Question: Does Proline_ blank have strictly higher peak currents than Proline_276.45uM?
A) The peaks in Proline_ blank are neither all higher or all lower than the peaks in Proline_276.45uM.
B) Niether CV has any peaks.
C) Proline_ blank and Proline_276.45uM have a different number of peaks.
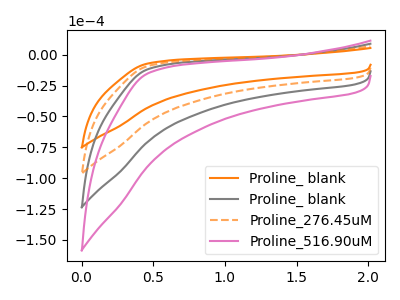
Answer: <think>The orange curve "Proline_ blank" has no peaks. The gray curve "Proline_ blank" has no peaks. The orange dashed curve "Proline_276.45uM" has no peaks. The pink curve "Proline_516.90uM" has no peaks.</think>
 <answer>B) Niether CV has any peaks.</answer>
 <eval>B</eval>